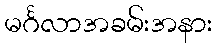
မင်္ဂလာအခမ်းအနား